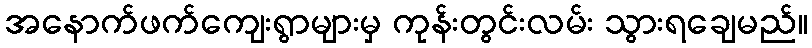
အနောက်ဖက်ကျေးရွာများမှ ကုန်းတွင်းလမ်း သွားရချေမည်။